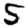
Digit: 5